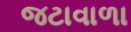
જટાવાળા